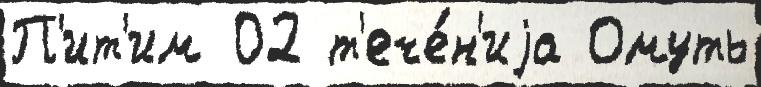
П'ит'им 02 т'ече́н'иjа Омуть